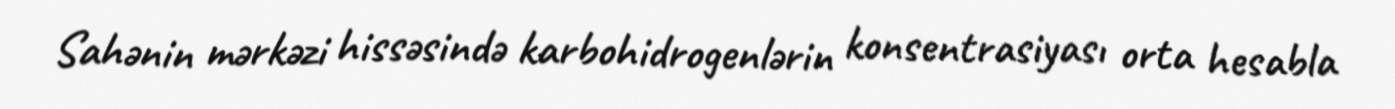
Sahənin mərkəzi hissəsində karbohidrogenlərin konsentrasiyası orta hesabla